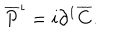
\overline { { P } } ^ { \iota } = i \partial ^ { 1 } \overline { { C } } .